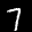
Label: 7